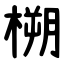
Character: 㮶